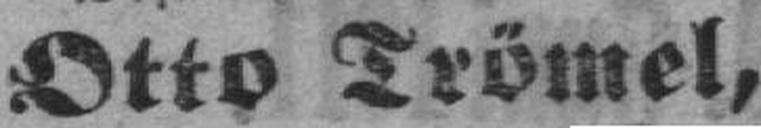
Otto Trömel,